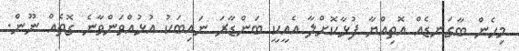
މިހެން ބާގަނޑެއް އޮތިއްޔާ ފުޅާކޮށްލާ އެއީކީ ބަންޑާރަ ނައިބަކު އުޅުއްވަންވާނެ ގޮތެއް ނޫން.